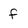
Character: f